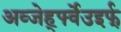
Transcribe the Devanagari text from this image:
अव्जेर्ह्फ्वेउइर्फ्